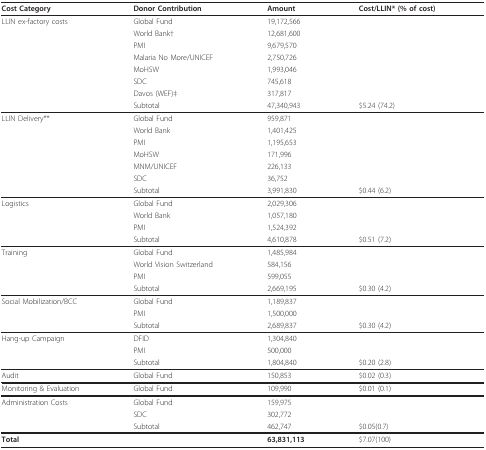
<table><thead><tr><td><b>Cost Category</b></td><td><b>Donor Contribution</b></td><td><b>Amount</b></td><td><b>Cost/LLIN* (% of cost)</b></td></tr></thead><tbody><tr><td>LLIN ex-factory costs</td><td>Global Fund</td><td>19,172,566</td><td></td></tr><tr><td></td><td>World Bank†</td><td>12,681,600</td><td></td></tr><tr><td></td><td>PMI</td><td>9,679,570</td><td></td></tr><tr><td></td><td>Malaria No More/UNICEF</td><td>2,750,726</td><td></td></tr><tr><td></td><td>MoHSW</td><td>1,993,046</td><td></td></tr><tr><td></td><td>SDC</td><td>745,618</td><td></td></tr><tr><td></td><td>Davos (WEF)‡</td><td>317,817</td><td></td></tr><tr><td></td><td>Subtotal</td><td>47,340,943</td><td>$5.24 (74.2)</td></tr><tr><td>LLIN Delivery**</td><td>Global Fund</td><td>959,871</td><td></td></tr><tr><td></td><td>World Bank</td><td>1,401,425</td><td></td></tr><tr><td></td><td>PMI</td><td>1,195,653</td><td></td></tr><tr><td></td><td>MoHSW</td><td>171,996</td><td></td></tr><tr><td></td><td>MNM/UNICEF</td><td>226,133</td><td></td></tr><tr><td></td><td>SDC</td><td>36,752</td><td></td></tr><tr><td></td><td>Subtotal</td><td>3,991,830</td><td>$0.44 (6.2)</td></tr><tr><td>Logistics</td><td>Global Fund</td><td>2,029,306</td><td></td></tr><tr><td></td><td>World Bank</td><td>1,057,180</td><td></td></tr><tr><td></td><td>PMI</td><td>1,524,392</td><td></td></tr><tr><td></td><td>Subtotal</td><td>4,610,878</td><td>$0.51 (7.2)</td></tr><tr><td>Training</td><td>Global Fund</td><td>1,485,984</td><td></td></tr><tr><td></td><td>World Vision Switzerland</td><td>584,156</td><td></td></tr><tr><td></td><td>PMI</td><td>599,055</td><td></td></tr><tr><td></td><td>Subtotal</td><td>2,669,195</td><td>$0.30 (4.2)</td></tr><tr><td>Social Mobilization/BCC</td><td>Global Fund</td><td>1,189,837</td><td></td></tr><tr><td></td><td>PMI</td><td>1,500,000</td><td></td></tr><tr><td></td><td>Subtotal</td><td>2,689,837</td><td>$0.30 (4.2)</td></tr><tr><td>Hang-up Campaign</td><td>DFID</td><td>1,304,840</td><td></td></tr><tr><td></td><td>PMI</td><td>500,000</td><td></td></tr><tr><td></td><td>Subtotal</td><td>1,804,840</td><td>$0.20 (2.8)</td></tr><tr><td>Audit</td><td>Global Fund</td><td>150,853</td><td>$0.02 (0.3)</td></tr><tr><td>Monitoring &amp; Evaluation</td><td>Global Fund</td><td>109,990</td><td>$0.01 (0.1)</td></tr><tr><td>Administration Costs</td><td>Global Fund</td><td>159,975</td><td></td></tr><tr><td></td><td>SDC</td><td>302,772</td><td></td></tr><tr><td></td><td>Subtotal</td><td>462,747</td><td>$0.05(0.7)</td></tr><tr><td><b>Total</b></td><td></td><td><b>63,831,113</b></td><td>$7.07(100)</td></tr></tbody></table>